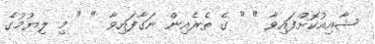
ޝާއިއުކޮށްފައިވާ " " ގެ ތެރެއިން ނަގާފައިވާ " " މި ލިޔުމުގެ